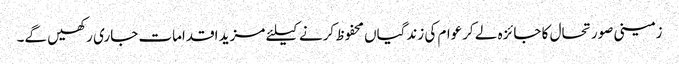
زمینی صورتحال کا جائزہ لے کرعوام کی زندگیاں محفوظ کرنے کیلئے مزید اقدامات جاری رکھیں گے۔